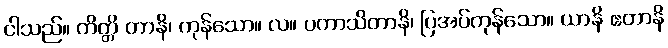
ငါသည်။ ကိတ္တိ တာနိ၊ ကုန်သော။ လ။ ပကာသိတာနိ၊ ပြအပ်ကုန်သော။ ယာနိ ဧတာနိ